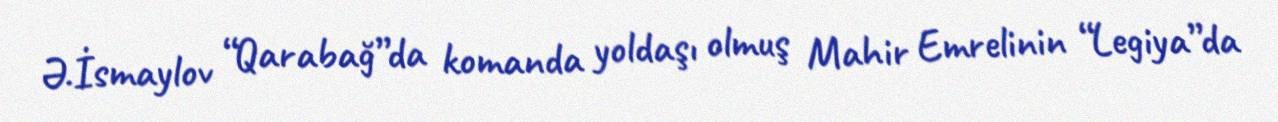
Ə.İsmaylov “Qarabağ”da komanda yoldaşı olmuş Mahir Emrelinin “Legiya”da